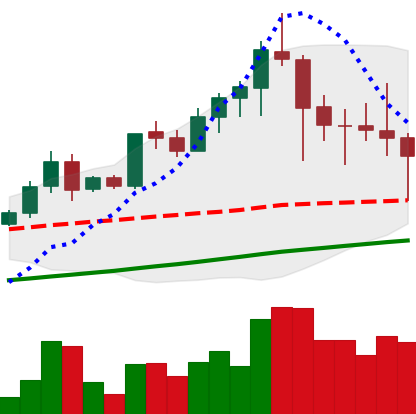
Ticker: LTC-USD
Chart end date: 2021-04-23
Forward return: 7.104%
Label: up_7plus